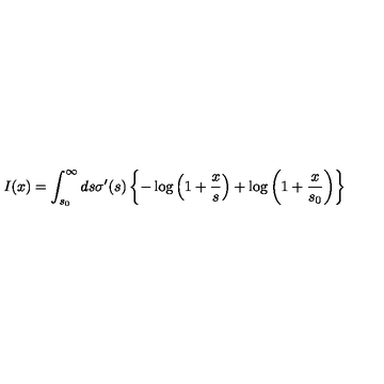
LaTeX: I ( x ) = \int _ { s _ { 0 } } ^ { \infty } d s \sigma ^ { \prime } ( s ) \left\{ - \log \left( 1 + { \frac { x } { s } } \right) + \log \left( 1 + { \frac { x } { s _ { 0 } } } \right) \right\}